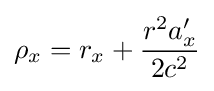
\rho _{x}=r_{x}+{\frac {r^{2}a'_{x}}{2c^{2}}}